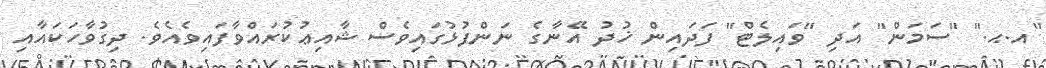
"އ.ޙ." "ސަމަން" އަދި "ވައިލެޓް" ފަދައިން ޚުދު އޭނާގެ ނަންފުޅުގައިވެސް ޝާއިޢުކުރައްވާފައިވެއެވެ. ދިގުވާހަކައާއި